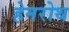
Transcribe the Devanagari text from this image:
हेनरोथ